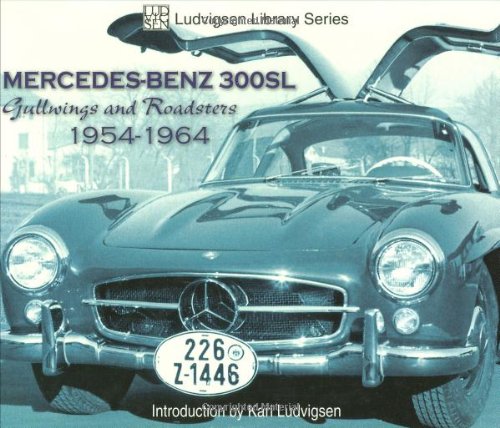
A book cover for Mercedes-Benz 300SL: Gullwings and Roadsters 1954-1964 (Ludvigsen Library); Karl Ludvigsen; Engineering & Transportation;